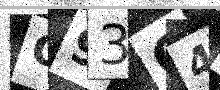
Text: O93O4F